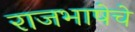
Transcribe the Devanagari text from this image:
राजभाषेचे